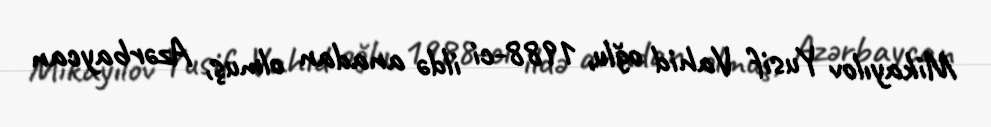
Mikayılov Yusif Vahid oğlu, 1988-ci ildə anadan olmuş, Azərbaycan